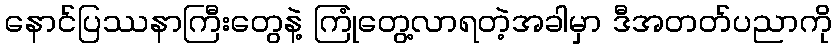
နောင်ပြဿနာကြီးတွေနဲ့ ကြုံတွေ့လာရတဲ့အခါမှာ ဒီအတတ်ပညာကို